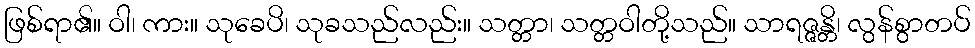
ဖြစ်ရာ၏။ ဝါ၊ ကား။ သုခေပိ၊ သုခသည်လည်း။ သတ္တာ၊ သတ္တဝါတို့သည်။ သာရဇ္ဇန္တိ၊ လွန်စွာတပ်